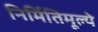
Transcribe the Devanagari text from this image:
निर्मितिमूल्ये